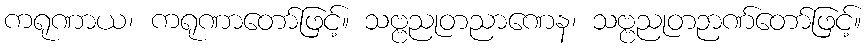
ကရုဏာယ၊ ကရုဏာတော်ဖြင့်။ သဗ္ဗညုတညာဏေန၊ သဗ္ဗညုတဉာဏ်တော်ဖြင့်။